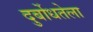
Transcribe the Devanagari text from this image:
दुर्बोधतेला